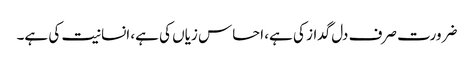
ضرورت صرف دل گداز کی ہے، احساس زیاں کی ہے، انسانیت کی ہے۔